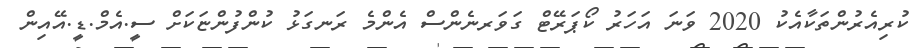
ކުރިއެރުންތަކާއެކު 2020 ވަނަ އަހަރު ކޯޕަރޭޓް ގަވަރނެންސް އެންމެ ރަނގަޅު ކުންފުންޏަކަށް ސީ.އެމް.ޑީ.އޭއިން